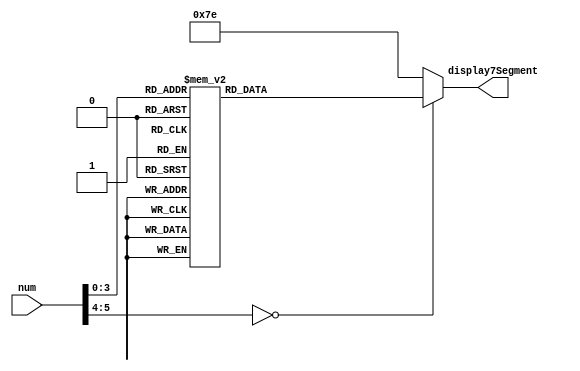
module BCD(
	input      [5:0] num,
	output reg [6:0] display7Segment
);


always@(num)
begin
	casex(num)
	0:
		display7Segment = 7'b1000000;
	1:
		display7Segment = 7'b1111001;
	2:
		display7Segment = 7'b0100100;
	3:
		display7Segment = 7'b0110000;
	4:
		display7Segment = 7'b0011001;
	5:
		display7Segment = 7'b0010010;
	6:
		display7Segment = 7'b0000010;
	7:
		display7Segment = 7'b1111000;
	8:
		display7Segment = 7'b0000000;
	9:
		display7Segment = 7'b0010000;
	default:
		display7Segment = 7'b1111110;
	
	endcase

end
endmodule